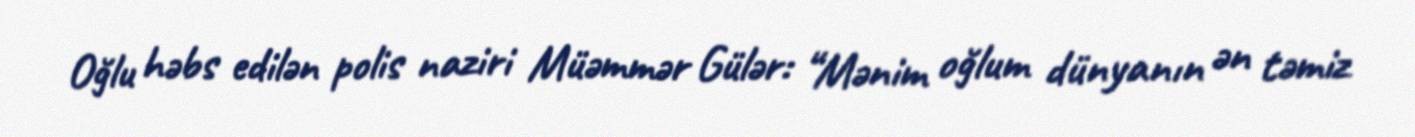
Oğlu həbs edilən polis naziri Müəmmər Gülər: “Mənim oğlum dünyanın ən təmiz